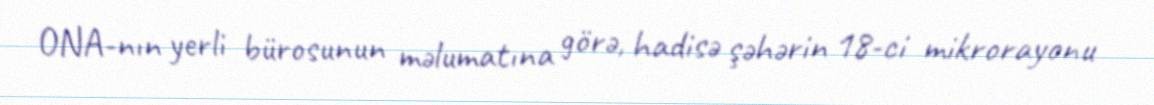
ONA-nın yerli bürosunun məlumatına görə, hadisə şəhərin 18-ci mikrorayonu